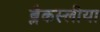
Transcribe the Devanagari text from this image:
ब्लैकस्लीया